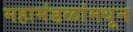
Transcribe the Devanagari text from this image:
महामंडळांमधून